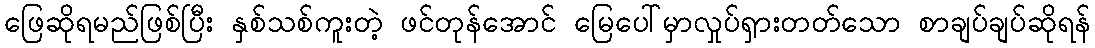
ဖြေဆိုရမည်ဖြစ်ပြီး နှစ်သစ်ကူးတဲ့ ဖင်တုန်အောင် မြေပေါ်မှာလှုပ်ရှားတတ်သော စာချပ်ချပ်ဆိုရန်